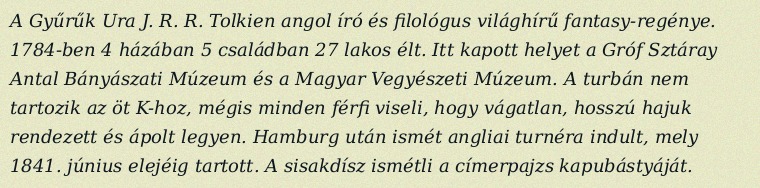
A Gyűrűk Ura J. R. R. Tolkien angol író és filológus világhírű fantasy-regénye. 1784-ben 4 házában 5 családban 27 lakos élt. Itt kapott helyet a Gróf Sztáray Antal Bányászati Múzeum és a Magyar Vegyészeti Múzeum. A turbán nem tartozik az öt K-hoz, mégis minden férfi viseli, hogy vágatlan, hosszú hajuk rendezett és ápolt legyen. Hamburg után ismét angliai turnéra indult, mely 1841. június elejéig tartott. A sisakdísz ismétli a címerpajzs kapubástyáját.